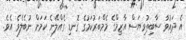
އެ ދައުވާ ސާބިތުވިޔަސް އާޒިމްގެ މެމްބަރުކަމުގެ ގޮނޑި ގެއްލޭނެ ކަމަށް ނުބެލެވެ އެވެ.